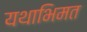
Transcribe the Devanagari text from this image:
यथाभिमत